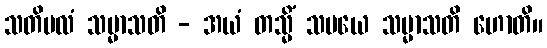
သတိဗလံ သမ္မာသတိ - အယံ တသ္မိံ သမယေ သမ္မာသတိ ဟောတိ။